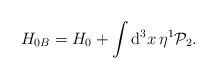
\begin{align*}H_{0B}=H_{0}+\int \mathrm{d}^{3}x\,\eta ^{1}\mathcal{P}_{2}. \end{align*}